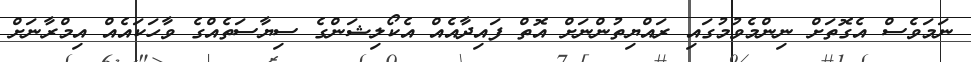
ނަމަވެސް އެގޮތަށް ނިންމެވުމުގައި ރައްޔިތުންނަށް އޮތް ފައިދާއެއް އެކޯލިޝަންގެ ސިޔާސަތެއްގެ ވާހަކައެއް އިމްރާނަށް